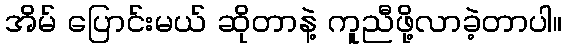
အိမ် ပြောင်းမယ် ဆိုတာနဲ့ ကူညီဖို့လာခဲ့တာပါ။